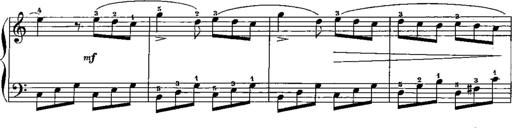
Title: Trois sonatines
Composer: Maurice Emmanuel